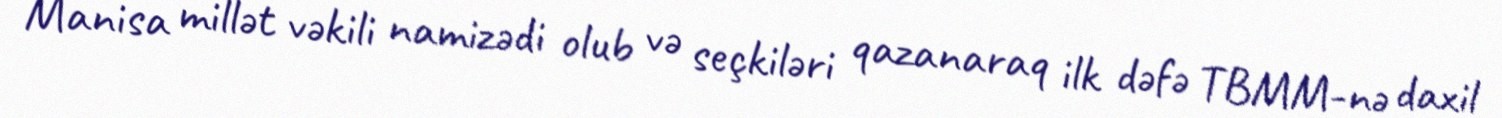
Manisa millət vəkili namizədi olub və seçkiləri qazanaraq ilk dəfə TBMM-nə daxil